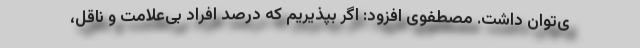
ی‌توان داشت. مصطفوی افزود: اگر بپذیریم که درصد افراد بی‌علامت و ناقل،